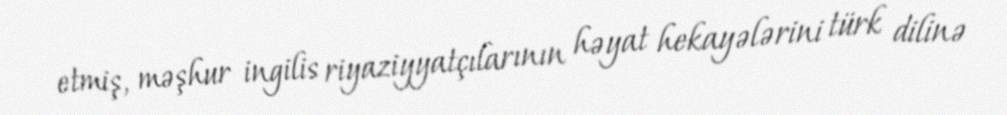
etmiş, məşhur ingilis riyaziyyatçılarının həyat hekayələrini türk dilinə